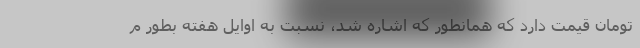
تومان قیمت دارد که همانطور که اشاره شد، نسبت به اوایل هفته بطور م